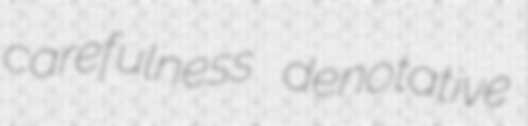
carefulness denotative